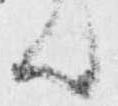
ん